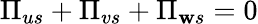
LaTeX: \Pi_{us}+\Pi_{vs}+\Pi_{\mathbf{w}s}=0